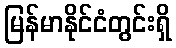
မြန်မာနိုင်ငံတွင်းရှိ